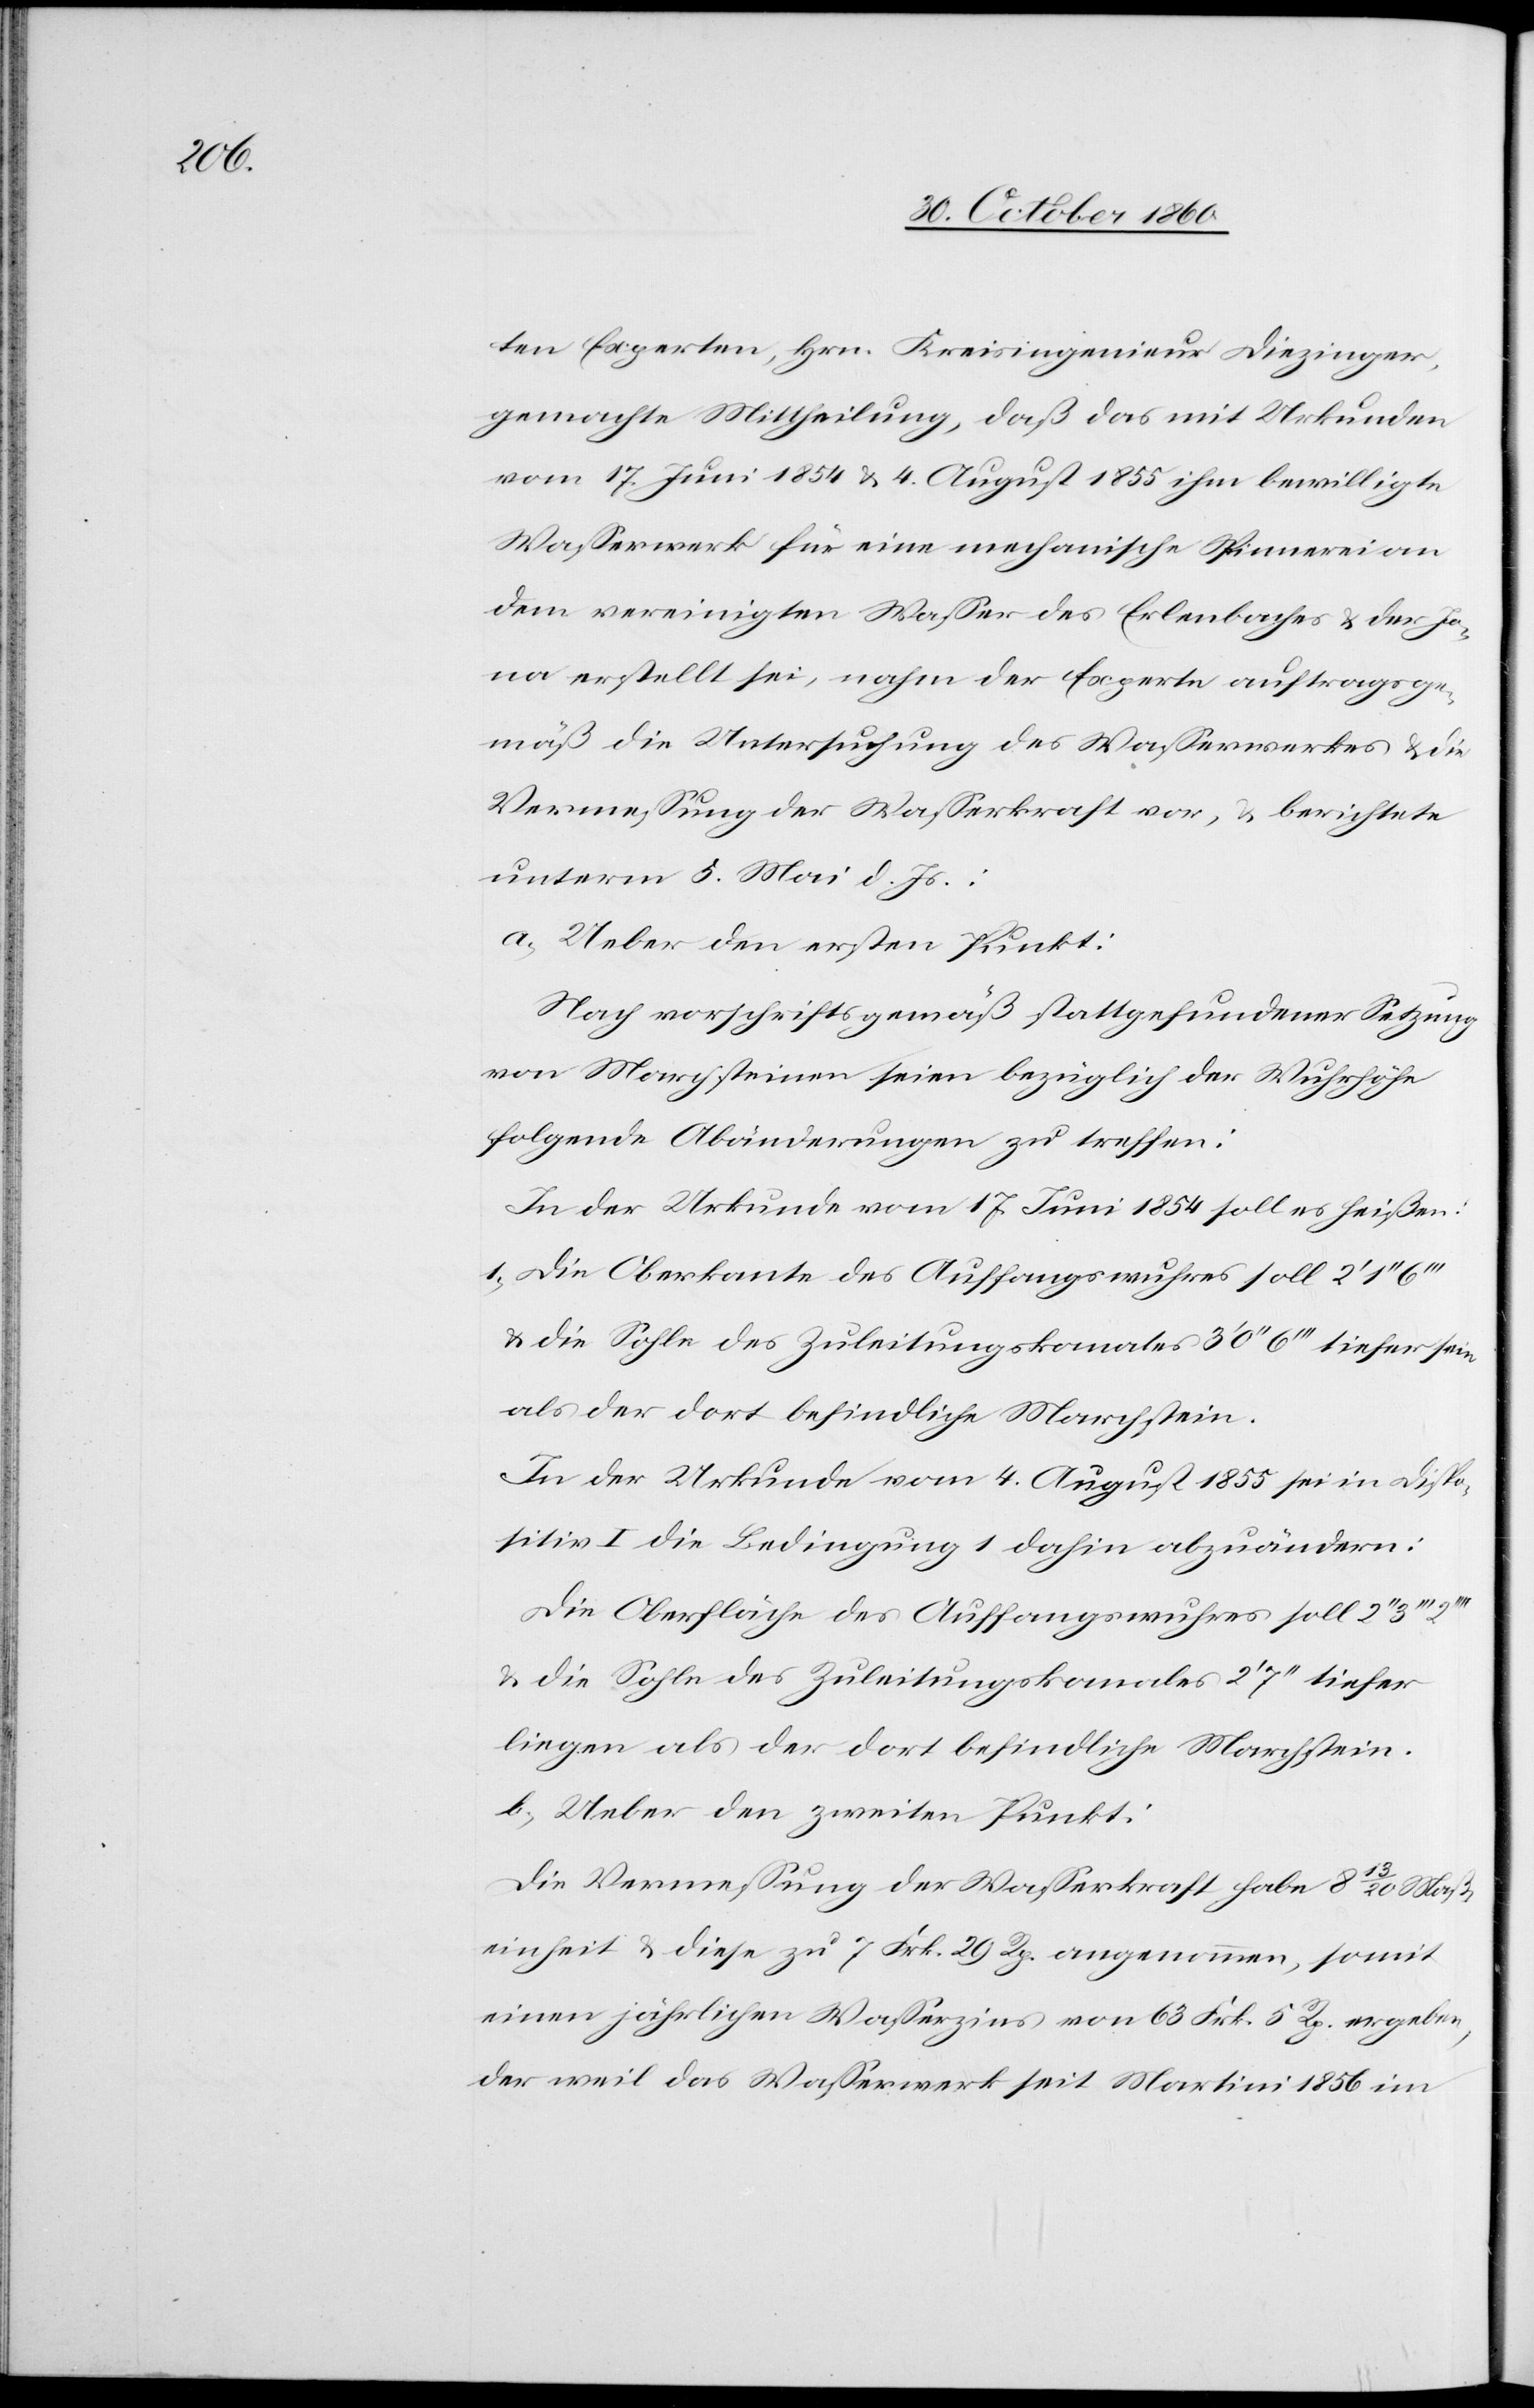
ten Experten, Hrn. Kreisingenieur Diezinger,
gemachte Mittheilung, daß das mit Urkunden
vom 17. Juni 1854 u. 4. August 1855 ihm bewilligte
Wasserwerk für eine mechanische Spinnerei an
dem vereinigten Wasser des Erlenbaches u. der Jo¬
na erstellt sei, nahm der Experte auftragsge¬
mäß die Untersuchung des Wasserwerkes u. die
Vermessung der Wasserkraft vor, u. berichtete
unterm 5. Mai d. Js.;
a. Ueber den ersten Punkt:
Nach vorschriftsgemäß stattgefundener Setzung
von Marchsteinen seien bezüglich der Wuhrhöhe
folgende Abänderungen zu treffen:
In der Urkunde vom 17. Juni 1854 soll es heißen:
1) Die Oberkante des Auffangswuhres soll 2’ 1’’
u. die Sohle des Zuleitungskanales 3’ 0’’ 6’’’ tiefer sein
als der dort befindliche Marchstein.
In der Urkunde vom 4. August 1855 sei in Dispo¬
sitiv I die Bedingung 1 dahin abzuändern:
Die Oberfläche des Auffangswuhres soll 2’’
u. die Sohle des Zuleitungskanales 2’ 7’’ tiefer
liegen als der dort befindliche Marchstein.
b) Ueber den zweiten Punkt:
Die Vermessung der Wasserkraft habe 8 13/20 Maß¬
einheit u. diese zu 7 Frk. 29 Rp. angenommen, somit
einen jährlichen Wasserzins von 63 Frk. 5 R. ergeben,
der weil das Wasserwerk seit Martini 1856 im